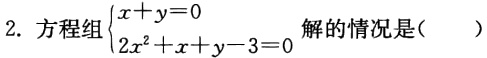
2. 方程组\(\begin{cases}x + y = 0\\2x^{2}+x + y - 3 = 0\end{cases}\)解的情况是(  )